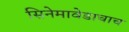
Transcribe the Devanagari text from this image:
सिनेमावेडाचाच